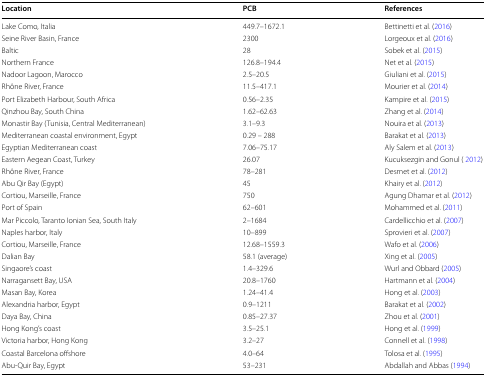
<table><thead><tr><td><b>Location</b></td><td><b>PCB</b></td><td><b>References</b></td></tr></thead><tbody><tr><td>Lake Como, Italia</td><td>449.7–1672.1</td><td>Bettinetti et al. (2016)</td></tr><tr><td>Seine River Basin, France</td><td>2300</td><td>Lorgeoux et al. (2016)</td></tr><tr><td>Baltic</td><td>28</td><td>Sobek et al. (2015)</td></tr><tr><td>Northern France</td><td>126.8–194.4</td><td>Net et al. (2015)</td></tr><tr><td>Nadoor Lagoon, Marocco</td><td>2.5–20.5</td><td>Giuliani et al. (2015)</td></tr><tr><td>Rhône River, France</td><td>11.5–417.1</td><td>Mourier et al. (2014)</td></tr><tr><td>Port Elizabeth Harbour, South Africa</td><td>0.56–2.35</td><td>Kampire et al. (2015)</td></tr><tr><td>Qinzhou Bay, South China</td><td>1.62–62.63</td><td>Zhang et al. (2014)</td></tr><tr><td>Monastir Bay (Tunisia, Central Mediterranean)</td><td>3.1–9.3</td><td>Nouira et al. (2013)</td></tr><tr><td>Mediterranean coastal environment, Egypt</td><td>0.29 – 288</td><td>Barakat et al. (2013)</td></tr><tr><td>Egyptian Mediterranean coast</td><td>7.06–75.17</td><td>Aly Salem et al. (2013)</td></tr><tr><td>Eastern Aegean Coast, Turkey</td><td>26.07</td><td>Kucuksezgin and Gonul ( 2012)</td></tr><tr><td>Rhône River, France</td><td>78–281</td><td>Desmet et al. (2012)</td></tr><tr><td>Abu Qir Bay (Egypt)</td><td>45</td><td>Khairy et al. (2012)</td></tr><tr><td>Cortiou, Marseille, France</td><td>750</td><td>Agung Dhamar et al. (2012)</td></tr><tr><td>Port of Spain</td><td>62–601</td><td>Mohammed et al. (2011)</td></tr><tr><td>Mar Piccolo, Taranto Ionian Sea, South Italy</td><td>2–1684</td><td>Cardellicchio et al. (2007)</td></tr><tr><td>Naples harbor, Italy</td><td>10–899</td><td>Sprovieri et al. (2007)</td></tr><tr><td>Cortiou, Marseille, France</td><td>12.68–1559.3</td><td>Wafo et al. (2006)</td></tr><tr><td>Dalian Bay</td><td>58.1 (average)</td><td>Xing et al. (2005)</td></tr><tr><td>Singaore’s coast</td><td>1.4–329.6</td><td>Wurl and Obbard (2005)</td></tr><tr><td>Narragansett Bay, USA</td><td>20.8–1760</td><td>Hartmann et al. (2004)</td></tr><tr><td>Masan Bay, Korea</td><td>1.24–41.4</td><td>Hong et al. (2003)</td></tr><tr><td>Alexandria harbor, Egypt</td><td>0.9–1211</td><td>Barakat et al. (2002)</td></tr><tr><td>Daya Bay, China</td><td>0.85–27.37</td><td>Zhou et al. (2001)</td></tr><tr><td>Hong Kong’s coast</td><td>3.5–25.1</td><td>Hong et al. (1999)</td></tr><tr><td>Victoria harbor, Hong Kong</td><td>3.2–27</td><td>Connell et al. (1998)</td></tr><tr><td>Coastal Barcelona offshore</td><td>4.0–64</td><td>Tolosa et al. (1995)</td></tr><tr><td>Abu-Quir Bay, Egypt</td><td>53–231</td><td>Abdallah and Abbas (1994)</td></tr></tbody></table>